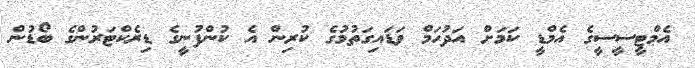
އެމްޓީސީސީގެ އެމްޑީ ކަމަށް އަދުހަމް ވަޑައިގަތުމުގެ ކުރިން އެ ކުންފުނީގެ ޑިރެކްޓަރުންގެ ބޯޑުން